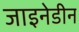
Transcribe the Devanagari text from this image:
जाइनेडीन